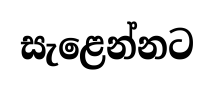
සැළෙන්නට